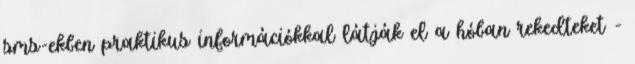
sms-ekben praktikus információkkal látják el a hóban rekedteket -